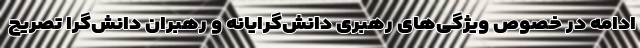
ادامه در خصوص ویژگی‌های رهبری دانش‌گرایانه و رهبران دانش‌گرا تصریح